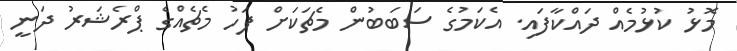
މޮޅު ކުޅުމެއް ދައްކާފައި. އެކަމުގެ ސަބަބުން މެޗަކަށް ފަހު މެޗެއްގެ ޕްރެޝަރު ދަނީ